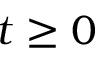
t \geq 0